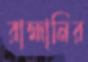
রাহ্মানির